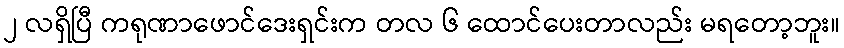
၂ လရှိပြီ ကရုဏာဖောင်ဒေးရှင်းက တလ ၆ ထောင်ပေးတာလည်း မရတော့ဘူး။